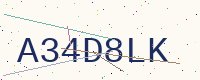
Text: A34D8LK